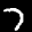
Label: 7